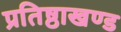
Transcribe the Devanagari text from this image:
प्रतिष्ठाखण्ड